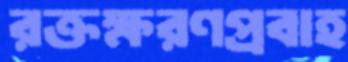
রক্তক্ষরণপ্রবাহ